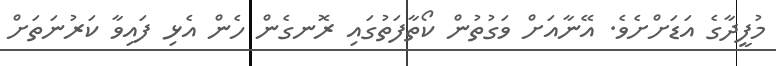
މުފީދާގެ އަޑަށްށެވެ. އޭނާއަށް ވަގުތުން ކޯތާފަތުގައި ރޮނގެން ހެން އެޅި ފައިވާ ކަރުނަތަށް